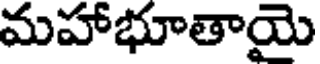
మహాభూతాయై